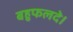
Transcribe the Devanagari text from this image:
बहुफलदे।